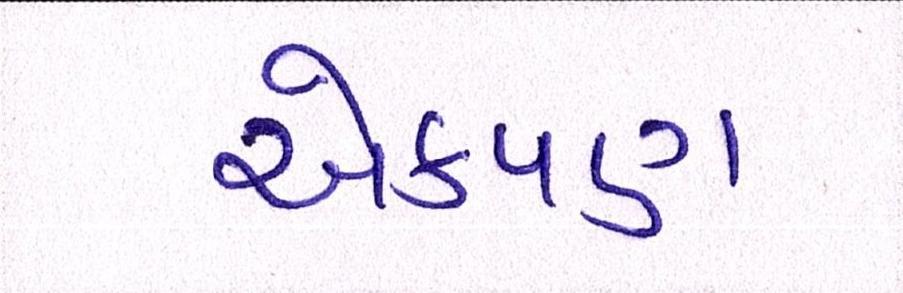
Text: એકપણ